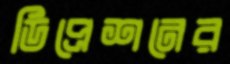
ডিপ্রেশনের